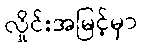
လှိုင်းအမြင့်မှာ